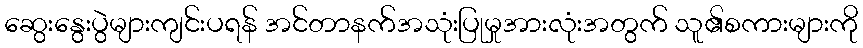
ဆွေးနွေးပွဲများကျင်းပရန် အင်တာနက်အသုံးပြုမှုအားလုံးအတွက် သူ၏စကားများကို